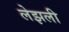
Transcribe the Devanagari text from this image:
लेझली